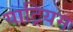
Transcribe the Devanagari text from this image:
याट्रियम